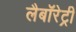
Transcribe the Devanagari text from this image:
लैबॉरेट्री